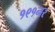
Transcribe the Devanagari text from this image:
१९१नर